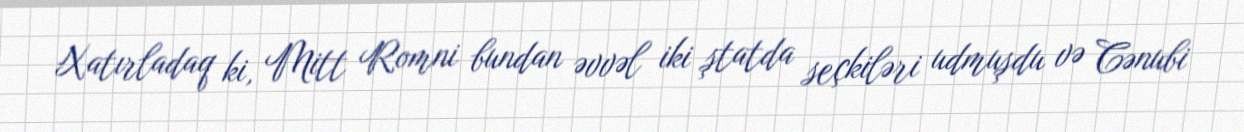
Xatırladaq ki, Mitt Romni bundan əvvəl iki ştatda seçkiləri udmuşdu və Cənubi